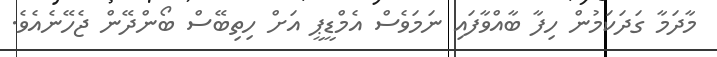
މާދަމާ ގަދަކަމުން ހިފާ ބާއްވާފައި ނަމަވެސް އެމްޑީޕީ އަށް ހިތިބޭސް ބޯންދޭން ޖެހޭނެއެވެ.